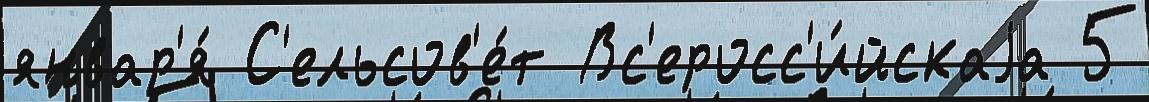
январ'я́ С'ельсов'е́т Вс'еросс'и́йскаjа 5